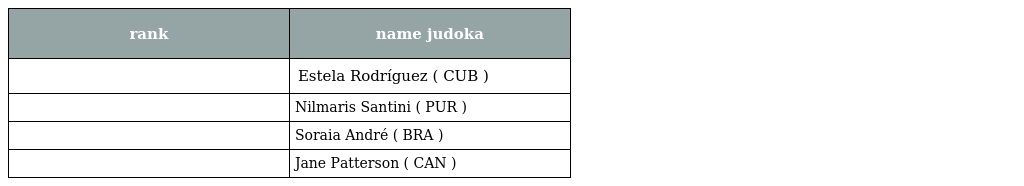
| rank | name judoka |
 | --- | --- |
 |  | Estela Rodríguez ( CUB ) |
 |  | Nilmaris Santini ( PUR ) |
 |  | Soraia André ( BRA ) |
 |  | Jane Patterson ( CAN ) |